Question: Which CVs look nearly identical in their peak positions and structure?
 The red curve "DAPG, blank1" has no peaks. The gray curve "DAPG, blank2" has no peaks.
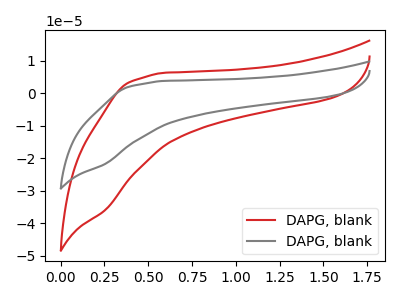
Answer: <think>Neither "DAPG, blank1" or "DAPG, blank2" have any peaks.
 </think>
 <answer>"DAPG, blank1" and "DAPG, blank2" have the same shape and are likely CV's of the same chemical.</answer>
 <eval>"DAPG, blank1" "DAPG, blank2"</eval>